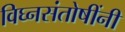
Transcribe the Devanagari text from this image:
विघ्नसंतोषींनी